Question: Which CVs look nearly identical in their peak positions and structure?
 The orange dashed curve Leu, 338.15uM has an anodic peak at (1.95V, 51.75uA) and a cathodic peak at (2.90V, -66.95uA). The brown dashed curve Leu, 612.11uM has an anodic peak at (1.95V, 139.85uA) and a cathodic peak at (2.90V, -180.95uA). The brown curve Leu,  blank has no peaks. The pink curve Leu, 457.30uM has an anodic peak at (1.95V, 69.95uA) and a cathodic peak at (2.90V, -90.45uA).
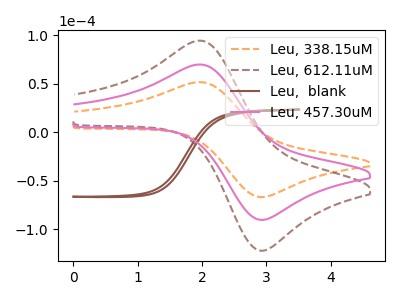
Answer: <think>All the peaks in "Leu, 338.15uM" have a peak in "Leu, 612.11uM" at the same potential. Every peak in "Leu, 338.15uM" is lower than every peak in "Leu, 612.11uM". "Leu, 338.15uM" and "Leu,  blank" have a different number of peaks. All the peaks in "Leu, 338.15uM" have a peak in "Leu, 457.30uM" at the same potential. Every peak in "Leu, 338.15uM" is lower than every peak in "Leu, 457.30uM". "Leu, 612.11uM" and "Leu,  blank" have a different number of peaks. All the peaks in "Leu, 612.11uM" have a peak in "Leu, 457.30uM" at the same potential. Every peak in "Leu, 612.11uM" is higher than every peak in "Leu, 457.30uM". "Leu,  blank" and "Leu, 457.30uM" have a different number of peaks.
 </think>
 <answer>"Leu, 338.15uM", "Leu, 612.11uM" and "Leu, 457.30uM" have the same shape and are likely CV's of the same chemical.</answer>
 <eval>"Leu, 338.15uM" "Leu, 612.11uM" "Leu, 457.30uM"</eval>